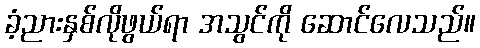
ခံ့ညားနှစ်လိုဖွယ်ရာ အသွင်ကို ဆောင်လေသည်။